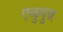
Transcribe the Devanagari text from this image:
एळुपुन्न